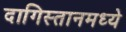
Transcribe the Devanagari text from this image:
दागिस्तानमध्ये